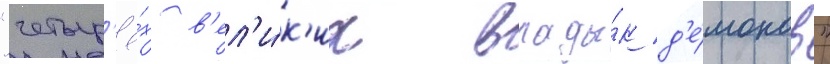
"четыр'ё́х в'ел'и́к'их влады́к д'е́монов"